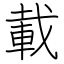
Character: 載